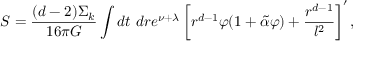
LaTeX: S = \frac { ( d - 2 ) \Sigma _ { k } } { 1 6 \pi G } \int d t \ d r e ^ { \nu + \lambda } \left[ r ^ { d - 1 } \varphi ( 1 + \tilde { \alpha } \varphi ) + \frac { r ^ { d - 1 } } { l ^ { 2 } } \right] ^ { \prime } ,